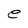
Character: e